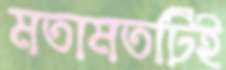
মতামতটিই